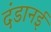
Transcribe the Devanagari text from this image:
दंडानई